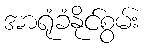
အာရုံခံနိုင်စွမ်း